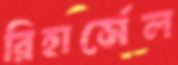
রিহার্সেল